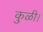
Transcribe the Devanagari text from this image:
कुळी।